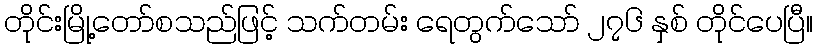
တိုင်းမြို့တော်စသည်ဖြင့် သက်တမ်း ရေတွက်သော် ၂၇၆ နှစ် တိုင်ပေပြီ။